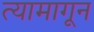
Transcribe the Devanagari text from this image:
त्यामागून